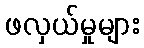
ဖလှယ်မှုများ